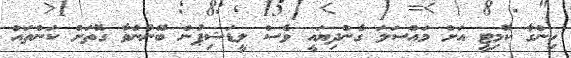
ހިންގާ ކޮމިޓީ އަށް މައްސަލަ ގެންދިޔައީ ވެސް ލީޑަޝިޕުން ބޭނުންވާ ގޮތަށް ކަންތައް